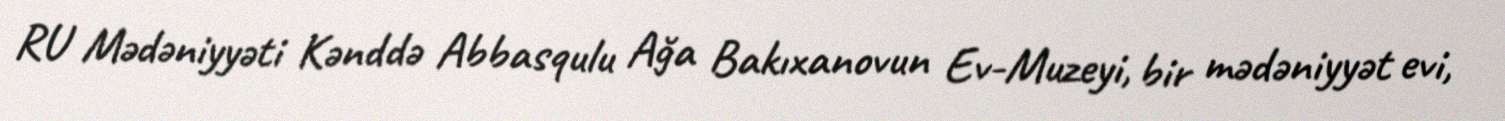
RU Mədəniyyəti Kənddə Abbasqulu Ağa Bakıxanovun Ev-Muzeyi, bir mədəniyyət evi,